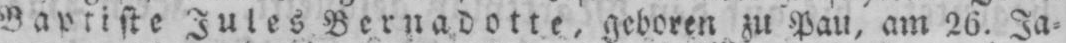
Baptiste Jules Bernadotte, geboren zu Pau, am 26. Ja⸗